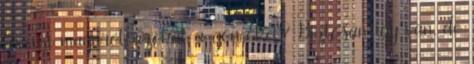
levetni magáról azokat a göncöket? Biztosan így van, de